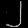
Digit: ၂